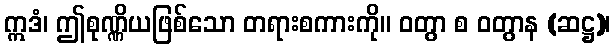
ဣဒံ၊ ဤစုဏ္ဏိယဖြစ်သော တရားစကားကို။ ဝတွာ စ ဝတွာန (ဆဋ္ဌ)၊